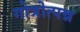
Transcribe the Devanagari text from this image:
गोत्रोत्पन्न